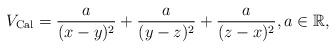
LaTeX: \begin{gather*} V_{\rm Cal}=\frac{a}{(x-y)^2}+ \frac{a}{(y-z)^2}+\frac{a}{(z-x)^2}, a\in \mathbb{R} ,\end{gather*}